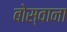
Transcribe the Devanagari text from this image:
बोस्वाना